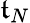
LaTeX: \mathfrak{t}_{N}